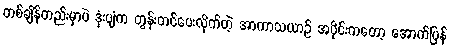
တစ်ချိန်တည်းမှာပဲ ဒုံးပျံက တွန်းတင်ပေးလိုက်တဲ့ အာကာသယာဉ် အပိုင်းကတော့ အောက်ပြန်